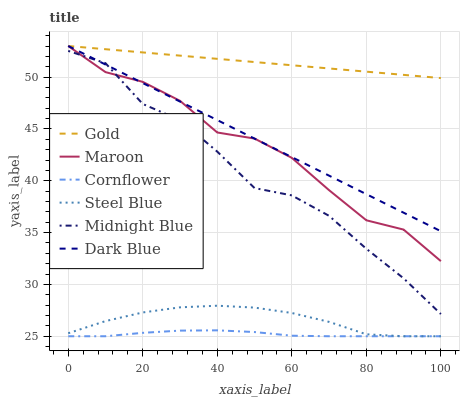
| xaxis_label | Gold | Maroon | Cornflower | Steel Blue | Midnight Blue | Dark Blue |
 | --- | --- | --- | --- | --- | --- | --- |
 | 0 | 53 | 53 | 25 | 25.3 | 52.5 | 53 |
 | 10 | 52.7 | 50.5 | 25 | 26.5 | 51.3 | 51.2 |
 | 20 | 52.4 | 49.5 | 25.3 | 27.3 | 47.4 | 49.4 |
 | 30 | 52.1 | 47.7 | 25.5 | 27.8 | 45.9 | 47.6 |
 | 40 | 51.8 | 44.7 | 25.6 | 27.9 | 42.8 | 45.9 |
 | 50 | 51.5 | 44.1 | 25.4 | 27.8 | 39.3 | 44.1 |
 | 60 | 51.1 | 42.2 | 25.1 | 27.2 | 38.6 | 42.3 |
 | 70 | 50.8 | 39.1 | 25 | 26.4 | 36.6 | 40.5 |
 | 80 | 50.5 | 36.2 | 25 | 25.2 | 33.4 | 38.7 |
 | 90 | 50.2 | 35.3 | 25 | 25 | 30.6 | 36.9 |
 | 100 | 49.9 | 32.2 | 25 | 25 | 27.1 | 35.1 |